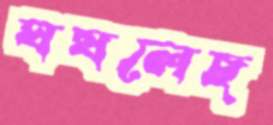
ঘষলেছ